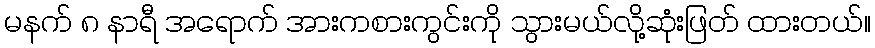
မနက် ၈ နာရီ အရောက် အားကစားကွင်းကို သွားမယ်လို့ဆုံးဖြတ် ထားတယ်။